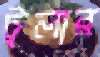
ট্রলার